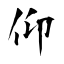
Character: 仰